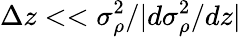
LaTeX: \Delta z<<\sigma_{\rho}^{2}/|d\sigma_{\rho}^{2}/dz|